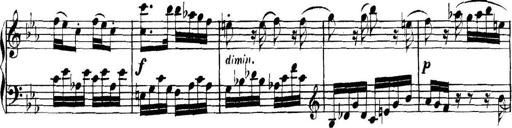
Title: Collected Piano Sonatas
Composer: Muzio Clementi